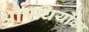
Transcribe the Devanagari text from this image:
औषधियोंका